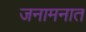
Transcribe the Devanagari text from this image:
जनामनात